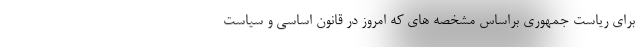
برای ریاست جمهوری براساس مشخصه های که امروز در قانون اساسی و سیاست